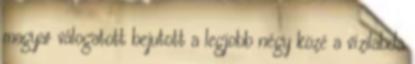
magyar válogatott bejutott a legjobb négy közé a vízilabda